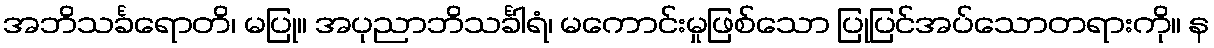
အဘိသင်္ခရောတိ၊ မပြု။ အပုညာဘိသင်္ခါရံ၊ မကောင်းမှုဖြစ်သော ပြုပြင်အပ်သောတရားကို။ န